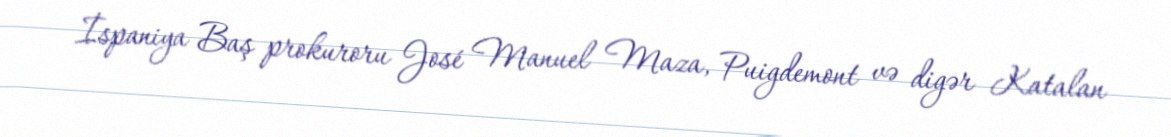
İspaniya Baş prokuroru José Manuel Maza, Puigdemont və digər Katalan